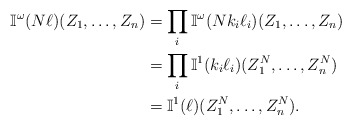
\begin{align*}\mathbb{I}^\omega(N\ell)(Z_1,\dots,Z_n) &= \prod_i\mathbb{I}^\omega(Nk_i\ell_i)(Z_1,\dots,Z_n) \\&= \prod_i\mathbb{I}^1(k_i\ell_i)(Z_1^N,\dots,Z_n^N) \\&= \mathbb{I}^1(\ell)(Z_1^N,\dots,Z_n^N).\end{align*}